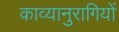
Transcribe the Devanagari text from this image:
काव्यानुरागियों